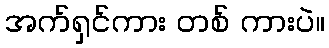
အက်ရှင်ကား တစ် ကားပဲ။